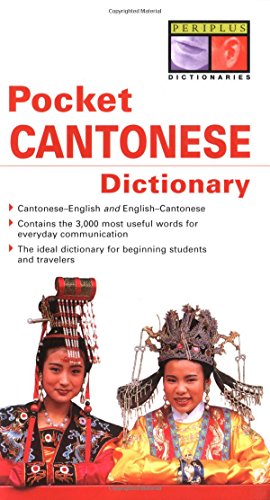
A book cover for Pocket Cantonese Dictionary: Cantonese-English English-Cantonese (Periplus Pocket Dictionaries); Philip Yungkin Lee; Travel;